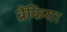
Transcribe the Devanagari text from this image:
ब्रैंकिया